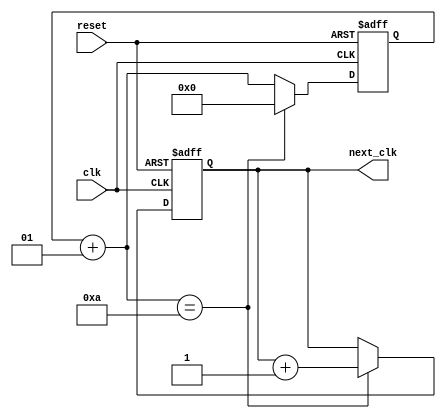
module clk_div8(clk,reset,next_clk);
input clk,reset;
output reg next_clk;
 
integer i;
 
always @(negedge reset, posedge clk) begin
    if(~reset) begin
        i = 0;
        next_clk = 0;
    end
    else begin
        i = i+1;
        if(i==10) begin
            i = 0;
            next_clk = next_clk+1;
        end
    end
end
 
endmodule